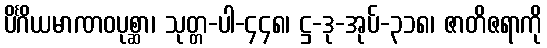
ပိင်္ဂိယမာဏဝပုစ္ဆာ၊ သုတ္တ-ပါ-၄၄၈၊ ဋ္ဌ-ဒု-အုပ်-၃၁၈၊ ဇာတိဇရာကို